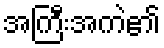
အကြီးအကဲ၏